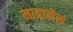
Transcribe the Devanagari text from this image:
मात्रामेरु